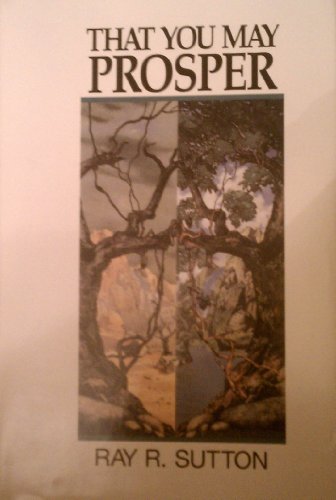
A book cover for That You May Prosper: Dominion by Covenant; Ray R. Sutton; Christian Books & Bibles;